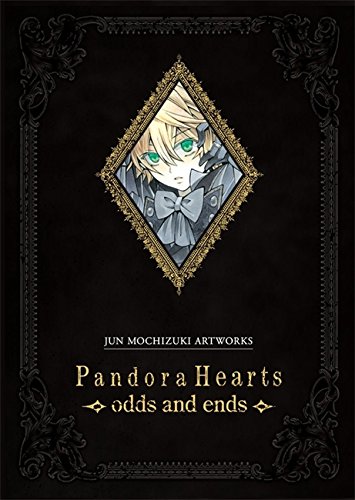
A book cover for PandoraHearts odds and ends; Comics & Graphic Novels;